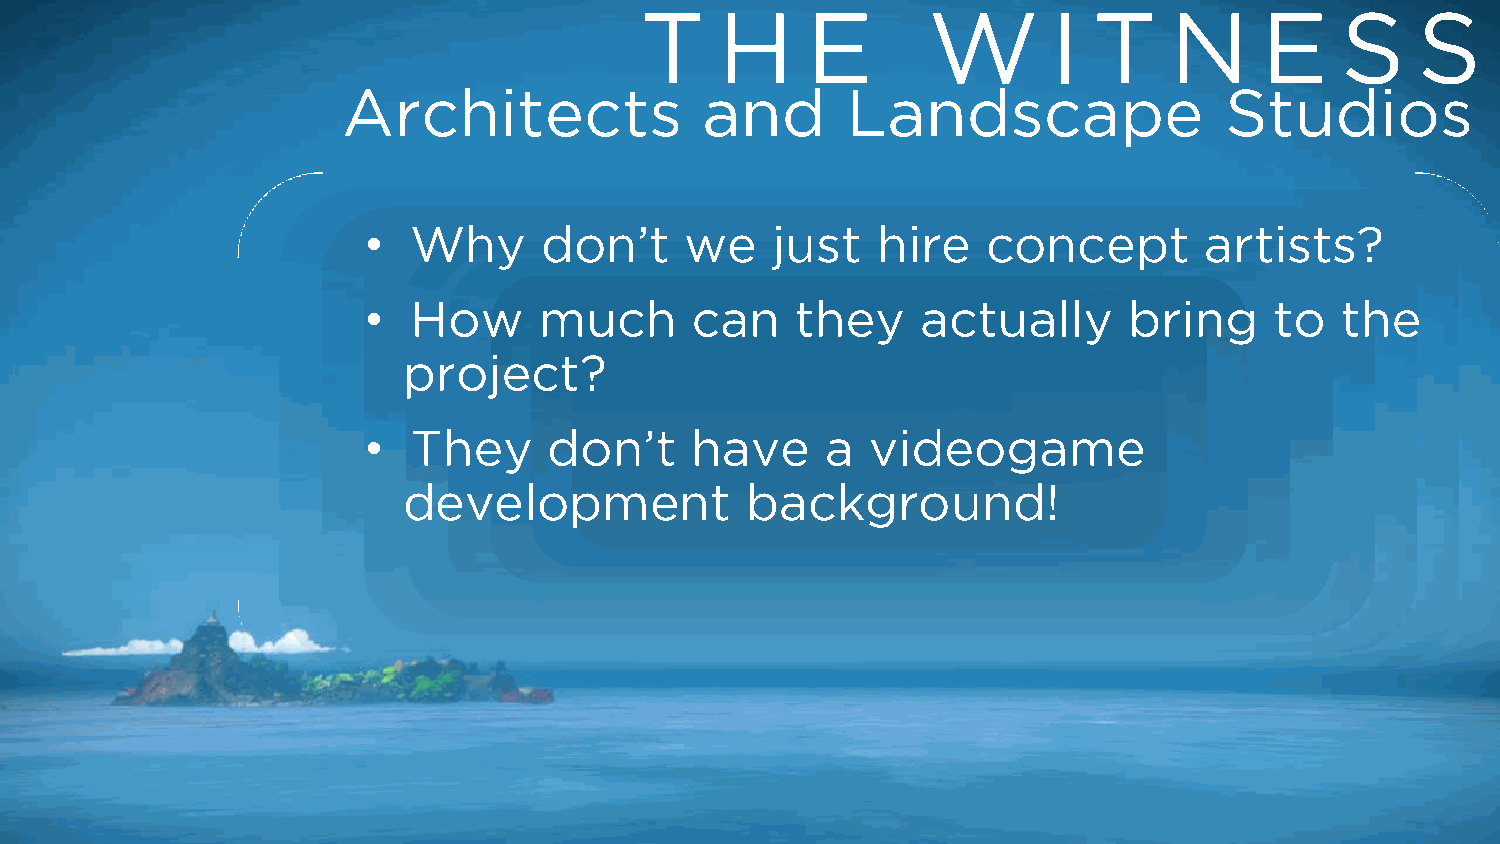
T     H    E       W        I T    N      E    S    S
 Architects             and       Landscape                Studios
 •  Why      don’t    we    just   hire   concept        artists?
 •  How      much      can    they    actually      bring    to   the
 project?
 •  They     don’t     have     a  videogame
 development           background!